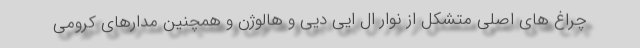
چراغ های اصلی متشکل از نوار ال ایی دیی و هالوژن و همچنین مدارهای کرومی